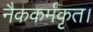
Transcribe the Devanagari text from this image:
नैककर्मकृत।